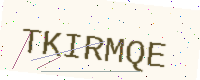
Text: TKIRMQE